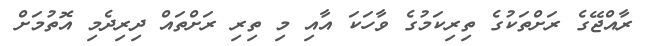
ރާއްޖޭގެ ރަށްތަކުގެ ތިރިކަމުގެ ވާހަކަ އާއި މި ތިރި ރަށްތައް ދިރިދެމި އޮތުމަށް